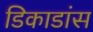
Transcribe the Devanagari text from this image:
डिकाडांस